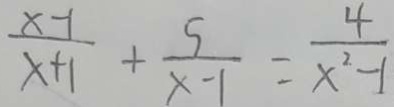
\frac { x - 1 } { x + 1 } + \frac { 5 } { x - 1 } = \frac { 4 } { x ^ { 2 } - 1 }